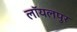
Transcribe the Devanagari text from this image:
लॉयलपुर